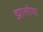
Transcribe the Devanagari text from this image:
झालीया